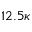
1 2 . 5 \kappa